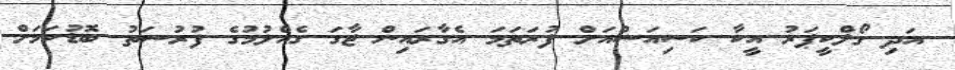
އަދި ގޯލްކީޕަރު އީކާ ކަސިއަސްއަށް ފުރަތަމަ އެގާރައިން ޖާގަ ގެއްލުމުގެ ފުރުސަތު ބޮޑުކަމަށް